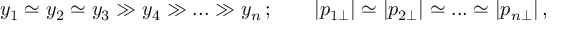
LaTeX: y _ { 1 } \simeq y _ { 2 } \simeq y _ { 3 } \gg y _ { 4 } \gg . . . \gg y _ { n } \, ; \qquad | p _ { 1 \perp } | \simeq | p _ { 2 \perp } | \simeq . . . \simeq | p _ { n \perp } | \, ,